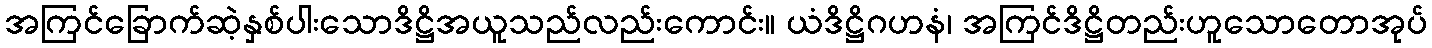
အကြင်ခြောက်ဆဲ့နှစ်ပါးသောဒိဋ္ဌိအယူသည်လည်းကောင်း။ ယံဒိဋ္ဌိဂဟနံ၊ အကြင်ဒိဋ္ဌိတည်းဟူသောတောအုပ်